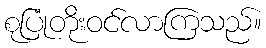
စုပြုံတိုးဝင်လာကြသည်။